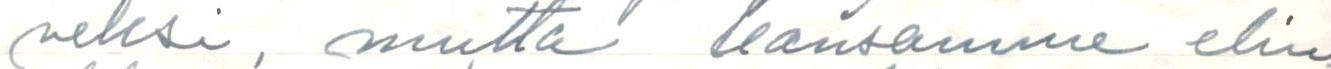
veksi, mutta kansamme elin